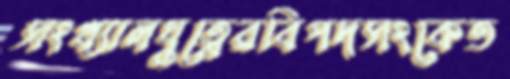
সংখ্যালঘুত্বেরবিপদসংকেত